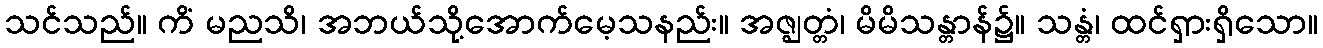
သင်သည်။ ကိံ မညသိ၊ အဘယ်သို့အောက်မေ့သနည်း။ အဇ္ဈတ္တံ၊ မိမိသန္တာန်၌။ သန္တံ၊ ထင်ရှားရှိသော။